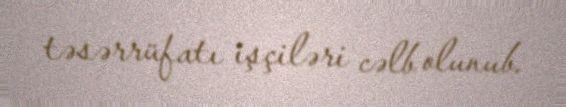
təsərrüfatı işçiləri cəlb olunub.